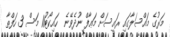
މަރުގެ މައްސަލާގައި ރައީސަށް މަޢާފް ނުދެވޭނެ  ހައިކޯޓު11 މަސް 3 ހަފްތާ